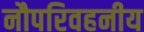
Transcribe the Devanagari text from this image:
नौपरिवहनीय